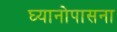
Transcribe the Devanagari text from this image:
घ्यानोपासना